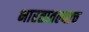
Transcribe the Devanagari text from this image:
भारतातल्याच